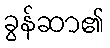
ခွန်ဆာ၏